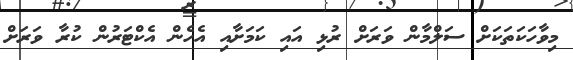
މިވާހަކަތަކަށް ސަލްމާން ވަރަށް ރުޅި އައި ކަމަށާއި އެހެން އެކްޓަރުން ކުރާ ވަރަށް